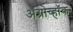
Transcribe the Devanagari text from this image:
अॅग्रोव्हॉक